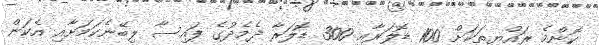
ކޮންމެ ރައްޔިތަކަށް 100 ޑޮލަރާއި 300 ޑޮލަރާ ދެމެދުގެ ފައިސާ ލިބޭނެކަމަށާއި އެކަން